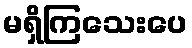
မရှိကြသေးပေ